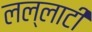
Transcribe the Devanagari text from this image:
लल्लाटीं